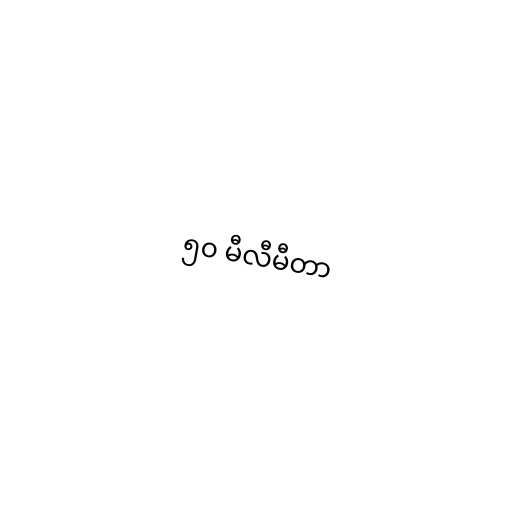
၅၀ မီလီမီတာ